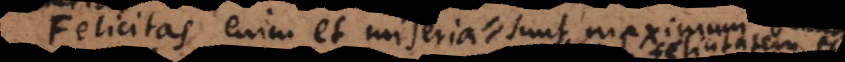
Felicitas enim et miseria universalis